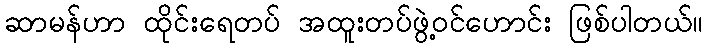
ဆာမန်ဟာ ထိုင်းရေတပ် အထူးတပ်ဖွဲ့ဝင်ဟောင်း ဖြစ်ပါတယ်။